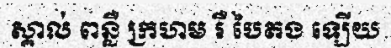
ស្គាល់ ពន្លឺ ក្រហម រឺ បៃតង ឡើយ